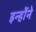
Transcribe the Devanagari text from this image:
इन्होेंने